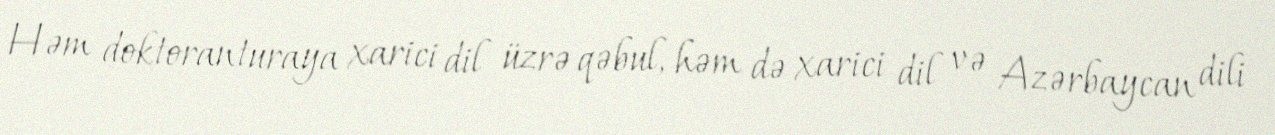
Həm doktoranturaya xarici dil üzrə qəbul, həm də xarici dil və Azərbaycan dili